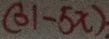
( 0 1 - 5 x )